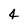
Character: 4